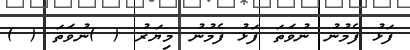
ފަޅު ފެމުނު ނުވަތަ ފަޅު ފެމުނު މިޔަރު ( )ނުވަތަ ( )